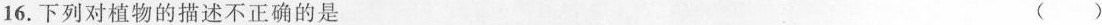
16.下列对植物的描述不正确的是 ()